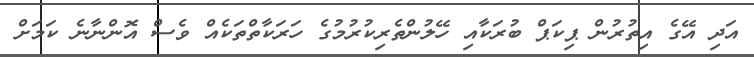
އަދި އޭގެ އިތުރުން ޕިކަޕް ބުރަކާއި ހޭލުންތެރިކުރުމުގެ ހަރަކާތްތަކެއް ވެސް އޮންނާނެ ކަމަށް